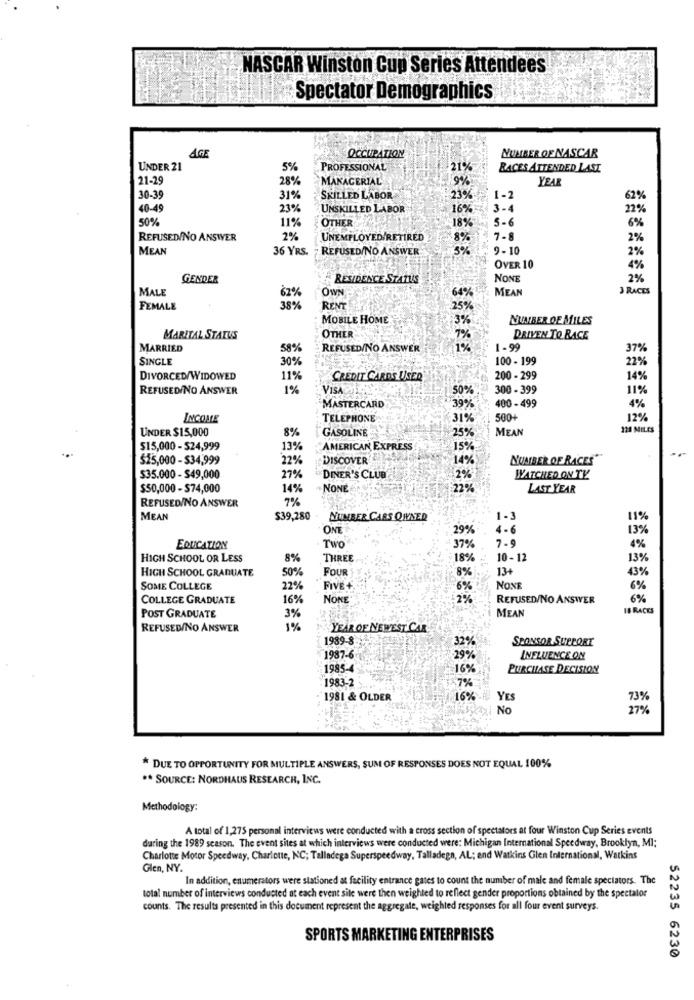
NASCAR Winston Cup Series Attendees
Spectator Demographics
AGE
OCCUPATION
NUMBER OF NASCAR
UNDER 21
5%
PROFESSIONAL
21%
RACES ATTENDED LAST
21-29
28%
MANAGERIAL
9%
YEAR
30-39
31%
SKILLED LABOR
23%
1-2
62%
40-49
23%
UNSKILLED LABOR
16%
3 -4
22%
50%
11%
OTHER
5-6
18%
6%
REFUSED/NO ANSWER
2%
UNEMPLOYED/RETIRED
7.8
2%
MEAN
36 YRS.
REFUSED/NO ANSWER
3%
9-10
2%
OVER 10
4%
GENDER
RESIDENCE STATUS
NONE
2%
MALE
OWN
64%
MEAN
3 RACES
FEMALE
38%
RENT
25%
MOBILE HOME
:3%
NUMBER OF MILES
MARITAL STATUS
OTHER
7%
DRIVEN TO RACE
MARRIED
58%
REFUSED/NO ANSWER
1%
1-99
37%
SINGLE
30%
100 - 199
22%
DIVORCED/WIDOWED
11%
CREDIT CARDS USER
200 - 299
14%
REFUSED/NO ANSWER
1%
VISA
50%
300 - 399
119
4%
MASTERCARD
39%
400 - 499
INCOME
TELEPHONE
31%
500+
12%
UNDER $15,000
GASOLINE
25 %
MEAN
12 MILES
8%
$15,000 - $24,999
13%
AMERICAN EXPRESS
15%
$25,000 - $34,999
22%
DISCOVER
14%
NUMBER OF RACES"
535.000 - $49,000
27%
DINER'S CLUB
WATCHED ON TE
$50,000 - $74,000
14%
NONE
22%
LAST YEAR
REFUSED/NO ANSWER
7%
MEAN
$39,280 . NUMBER CARS OWNER
1 -3
11%
ONE
29%
4-6
13%
Two
1.
EDUCATION
37%
7-9
4%
HIGH SCHOOL OR LESS
8%
THREE
18%
10 - 12
13%
HIGH SCHOOL GRADUATE
50%
FOUR
13+
43%
8%
SOME COLLEGE
22%
FIVE +
6%
NONE
6%
COLLEGE GRADUATE
16%
NONE
2%
REFUSED/NO ANSWER
6%
3%
MEAN
18 RACES
POST GRADUATE
REFUSED/NO ANSWER
1%
YEAR OF NEWEST CAR
1989-8-
32%
SPONSOR SUPPORT
1987-6
29%
INFLUENCE ON
1985-
16%
PURCHASE DECISION
1983-2
7%
: 1981 & OLDER
16%
HU YES
73%
Mi No
27%
* DUE TO OPPORTUNITY FOR MULTIPLE ANSWERS, SUM OF RESPONSES DOES NOT EQUAL 100%
** SOURCE: NORDHAUS RESEARCH, INC.
Methodology:
A total of 1,275 personal interviews were conducted with a cross section of spectators at four Winston Cup Series events
during the 1989 season. The event sites at which interviews were conducted were: Michigan International Speedway, Brooklyn, MI:
Charlotte Motor Speedway, Charlotte, NC; Talladega Superspeedway, Talladega, AL; end Watkins Glen International, Watkins
Glen, NY.
In addition, enumerators were stationed at facility entrance gates to count the number of male and female spectators. The
total number of interviews conducted at each event sile were then weighted to reflect gender proportions obtained by the spectalor
counts. The results presented in this document represent the aggregate, weighted responses for all four event surveys.
SPORTS MARKETING ENTERPRISES
$2235 6230